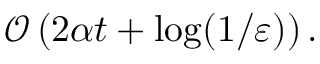
\mathcal { O } \left( 2 \alpha t + \log ( 1 / \varepsilon ) \right) .